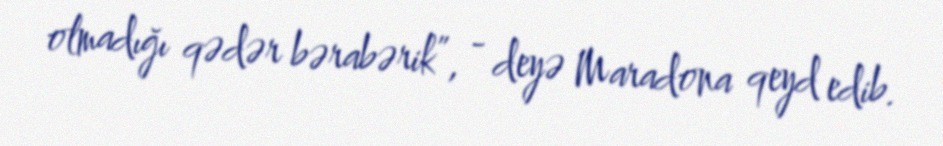
olmadığı qədər bərabərik”, - deyə Maradona qeyd edib.